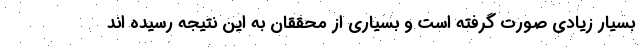
بسیار زیادی صورت گرفته است و بسیاری از محققان به این نتیجه رسیده اند